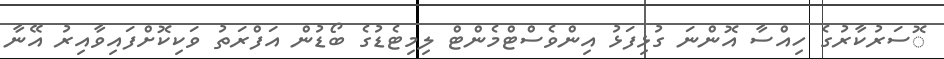
ޮސަރުކާރުގެ ހިއްސާ އޮންނަ ގުޅިފަޅު އިންވެސްޓްމެންޓް ލިމިޓެޑުގެ ބޯޑުން އަފްރަތު ވަކިކޮށްފައިވާއިރު އޭނާ